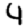
Digit: 4